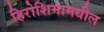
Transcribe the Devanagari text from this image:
हिरोशिमामधील